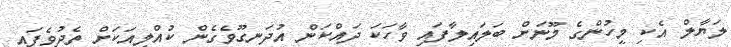
ލަޔާލް އެކި މީހުންގެ މޫނަށް ބަލައިލާފައި ވާހަކަ ދައްކަން އުދަނގޫވެގެން ކުއްލިއަކަށް ތެދުވެފައި